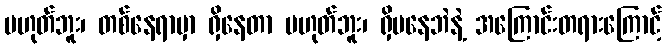
မဟုတ်ဘူး၊ တစ်နေရာမှာ ရှိနေတာ မဟုတ်ဘူး၊ ရှိမနေဘဲနဲ့ အကြောင်းတရားကြောင့်